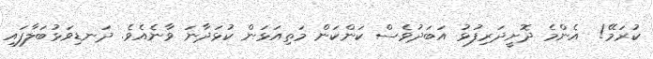
ކުރަމޭ!  އެންމެ ދޮށީދަރިފުޅު އަބަދުވެސް ކަންކަން މަތިއަޅަން ކުޅަދާނަ ވާނެއެވެ. ދަނޑިވަޅުބަލާފައި